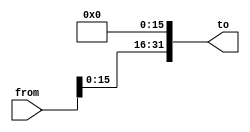
`ifndef __ShiftLeft16b__
`define __ShiftLeft16b__

// left shift 2 bits padded with 0's
module ShiftLeft16b(
    from,
    to
);
    input wire [31:0] from;
    output wire [31:0] to;

    assign to = {from[15:0], 16'b0};
endmodule // ShiftLeft16b

`endif